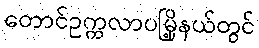
တောင်ဥက္ကလာပမြို့နယ်တွင်